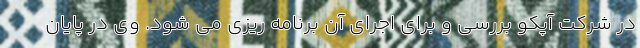
در شرکت آپکو بررسی و برای اجرای آن برنامه ریزی می شود. وی در پایان